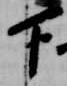
下